Annual administration report of the Civil Veterinary Department of India - 1895-1896
Year: 1895
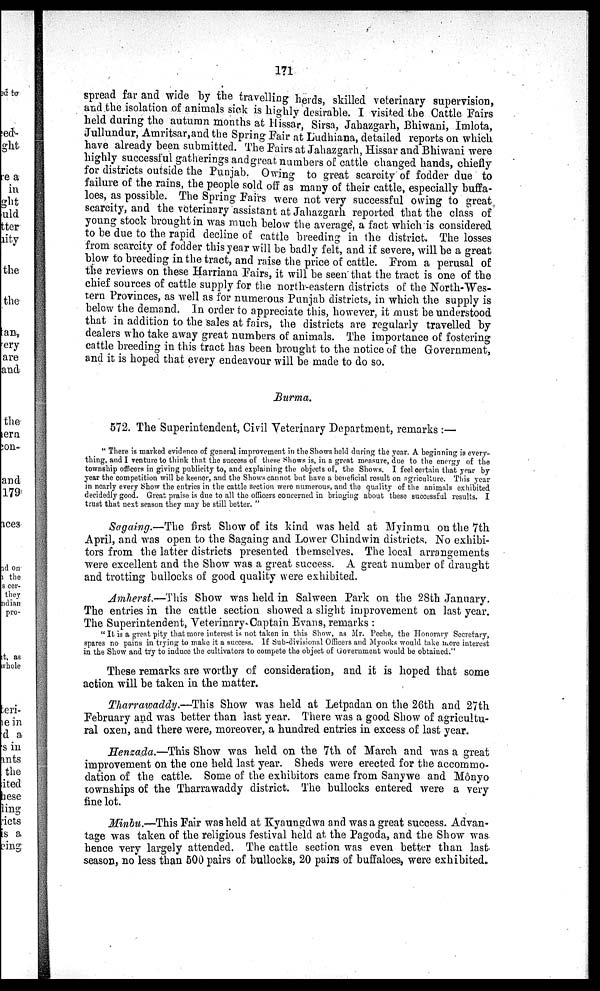
171
spread far and wide by the travelling herds, skilled veterinary supervision,
and the isolation of animals sick is highly desirable. I visited the Cattle Fairs
held during the autumn months at Hissar, Sirsa, Jahazgarh, Bhiwani, Imlota,
Jullundur, Amritsar, and the Spring Pair at Ludhiana, detailed reports on which
have already been submitted. The Pairs at Jahazgarh, Hissar and Bhiwani were
highly successful gatherings andgreat numbers of cattle changed hands, chiefly
for districts outside the Punjab. Owing to great scarcity of fodder due to
failure of the rains, the people sold off as many of their cattle, especially buffa-
loes, as possible. The Spring Pairs were not very successful owing to great
scarcity, and the veterinary assistant at Jahazgarh reported that the class of
young stock brought in was much below the average, a fact which is considered
to be due to the rapid decline of cattle breeding in the district. The losses
from scarcity of fodder this year will be badly felt, and if severe, will be a great
blow to breeding in the tract, and raise the price of cattle. From a perusal of
the reviews on these Harriana Pairs, it will be seen that the tract is one of the
chief sources of cattle supply for the north-eastern districts of the North-Wes-
tern Provinces, as well as for numerous Punjab districts, in which the supply is
below the demand. In order to appreciate this, however, it must be understood
that in addition to the sales at fairs, the districts are regularly travelled by
dealers who take away great numbers of animals. The importance of fostering
cattle breeding in this tract has been brought to the notice of the Government,
and it is hoped that every endeavour will be made to do so.
Burma.
572. The Superintendent, Civil Veterinary Department, remarks:—
"There is marked evidence of general improvement in the Shows held during the year. A beginning is every-
thing, and I venture to think that the success of these Shows is, in a great measure, due to the energy of the
township officers in giving publicity to, and explaining the objects of, the Shows. I feel certain that year by
year the competition will be keener, and the Shows cannot but have a beneficial result on agriculture. This year
in nearly every Show the entries in the cattle section were numerous, and the quality of the animals exhibited
decidedly good. Great praise is due to all the officers concerned in bringing about these successful results. I
trust that next season they may be still better."
Sagaing.—The first Show of its kind was held at Myinmu on the 7th
April, and was open to the Sagaing and Lower Chindwin districts. No exhibi-
tors from the latter districts presented themselves. The local arrangements
were excellent and the Show was a great success. A great number of draught
and trotting bullocks of good quality were exhibited.
Amherst.—This Show was held in Salween Park on the 28th January.
The entries in the cattle section showed a slight improvement on last year.
The Superintendent, Veterinary Captain Evans, remarks:
"It is a great pity that more interest is not taken in this Show, as Mr. Peche, the Honorary Secretary,
spares no pains in trying to make it a success. If Sub-divisional Officers and Myooks would take more interest
in the Show and try to induce the cultivators to compete the object of Government would be obtained."
These remarks are worthy of consideration, and it is hoped that some
action will be taken in the matter.
Tharrawaddy.—This Show was held at Letpadan on the 26th and 27th
February and was better than last year. There was a good Show of agricultu-
ral oxen, and there were, moreover, a hundred entries in excess of last year.
Henzada.—This Show was held on the 7th of March and was a great
improvement on the one held last year. Sheds were erected for the accommo-
dation of the cattle. Some of the exhibitors came from Sanywe and Mônyo
townships of the Tharrawaddy district. The bullocks entered were a very
fine lot.
Minbu.—This Pair was held at Kyaungdwa and was a great success. Advan-
tage was taken of the religious festival held at the Pagoda, and the Show was
hence very largely attended. The cattle section was even better than last
season, no less than 500 pairs of bullocks, 20 pairs of buffaloes, were exhibited.